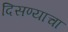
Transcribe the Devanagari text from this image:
दिसण्याचा